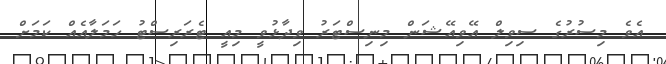
އެވެ މިސުރުގެ ސިވިލް އޭވިއޭޝަން މިނިސްޓަރު ވިދާޅުވީ މިއީ ޓެރަރިސްޓު ހަމަލާއެއް ކަމަށް